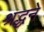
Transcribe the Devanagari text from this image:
श्रद्धने